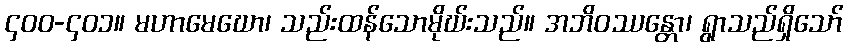
၄၀၀-၄၀၁။ မဟာမေဃော၊ သည်းထန်သောမိုဃ်းသည်။ အဘိဝဿန္တော၊ ရွာသည်ရှိသော်